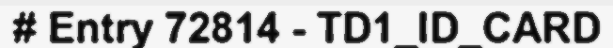
# Entry 72814 - TD1_ID_CARD